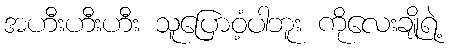
အဟီးဟီးဟီး သူပြောဝံ့ပါဘူး ကိုလေးချိုရဲ့